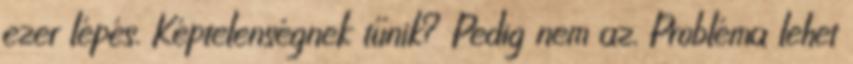
ezer lépés. Képtelenségnek tűnik? Pedig nem az. Probléma lehet